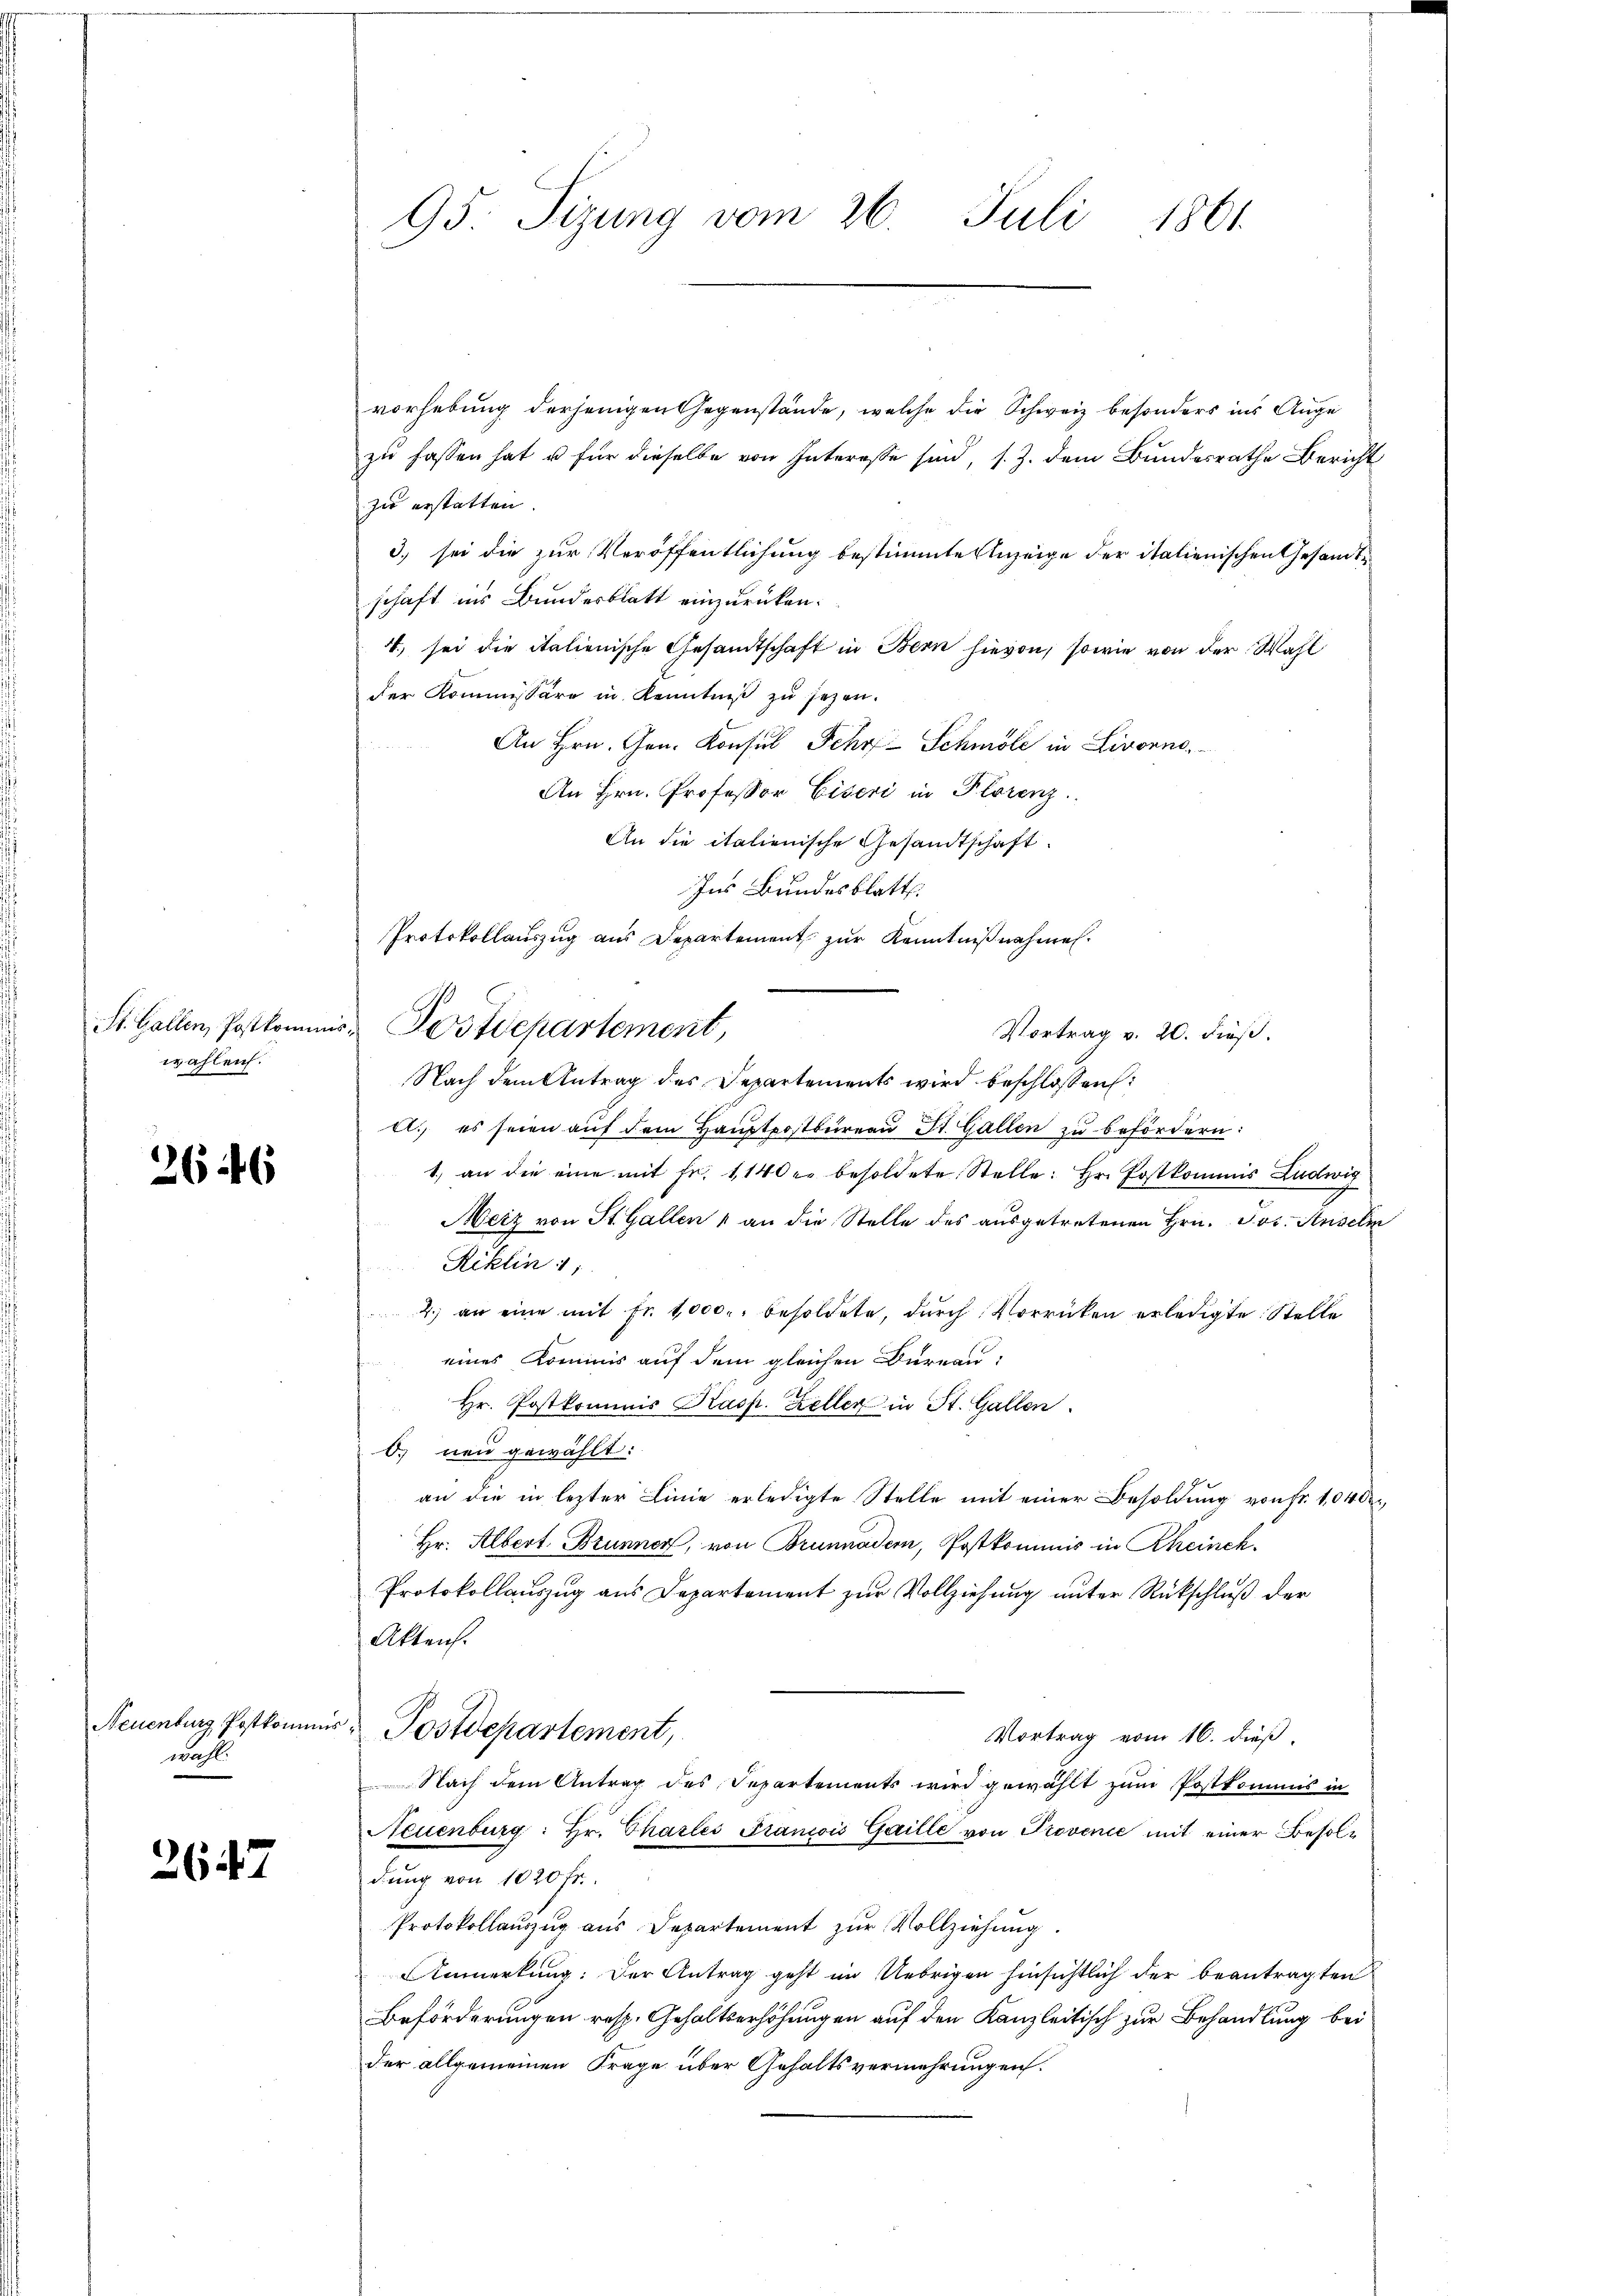
St. Gallen, Postkomm
wählen.

2646

Neuenburg Postkommis
mach

2647

vorhebung derjenigen Gegenstände, welche die Schweiz besonders ins Angezu fassen hat u für dieselbe von Interesse sind, s. Z. dem Bundesrathe Bericht
zu erstatten.
3) sei die zur Veröffentlichung bestimmte Anzeige der italienischen Gesandtschaft ins Bundesblatt einzurücken.
4, sei die italienische Gesandtschaft in Bern hievon, sowie von der Wahl
der Kommissäre in Kenntniß zu sezen.
An Hrn. Gen. Konsul Sehr Schmöle in Livorno,
An Hrn. Professor Eiseri in Florenz
An die italienische Gesandtschaft.
Ins Bundesblatt.
Nach dem Antrag des Departements wird beschlossen:
A. es seien auf dem Hauptpostbüreau St. Gallen zu befördern:
1.) an die eine mit fr. 1140 er besoldete Stelle: Hr. Postkommis Ludwig
Meiz von St. Gallen & an die Stelle des ausgetretenen Hrn. Jos. Anselm
Riklin 1
2. an eine mit fr. 1000. besoldete, dŭrch Vorrücken erledigte Stelle
eines Kommis auf dem gleichen Bureau
Hr. Postkommis Kasp. Keller in St. Gallen.
O. neu gewählt:
an die in lezter Linie erledigte Stelle mit einer Besoldung von Fr. 1040
Hr. Albert Brunner, von Brunnader, Postkommis in Rheinek.
Protokollauszug aus Departement zur Vollziehung unter Rückschluß der
Akten.
2
Postdepartement,
Vortrag vom 16. dieß,
Nach dem Antrag des Separtements wird gewählt zum Postkommis in
Neuenburg: Hr. Chartes Francois Gaille von Provenić mit einer Besoldung von 1020 fr.
Protokollauszug aus Departement zur Vollziehung
Anmerkung: Der Antrag geht im Uebrigen hinsichtlich der beantragten
Beförderungen resp. Gehaltserhöhungen auf den Kanzleitisch zur Behandlung bei
der allgemeinen Frage über Gehaltsvermehrungen.

95. Sizung vom 26. Juli 1861

Protokollauszug aus Departement zur Kenntnißnahmen.
Postdepartement,

Vortrag v. 20. dieß.